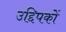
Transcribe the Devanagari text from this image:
उद्दिपकों